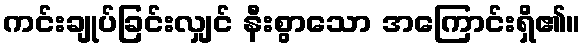
ကင်းချုပ်ခြင်းလျှင် နီးစွာသော အကြောင်းရှိ၏။